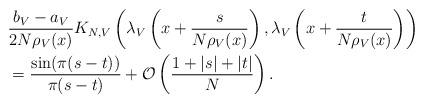
LaTeX: \begin{align*}&\frac{b_V-a_V}{2 N \rho_V(x)} K_{N,V} \left( \lambda_V\left( x+ \frac{s}{N \rho_V(x)}\right),\lambda_V\left( x+ \frac{t}{N \rho_V(x)}\right) \right)\\& = \frac{\sin(\pi (s-t))}{\pi (s-t)} + \mathcal{O}\left( \frac{1+|s|+|t|}{N}\right).\end{align*}